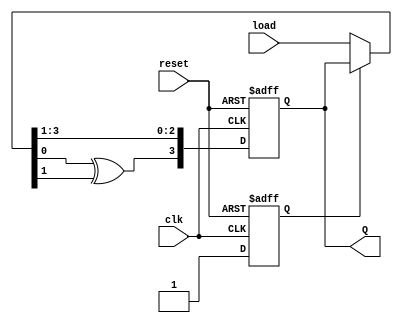
`timescale 1ns / 1ps
//////////////////////////////////////////////////////////////////////////////////
// Company: 
// Engineer: 
// 
// Design Name: 
// Module Name: lfsr
// Project Name: 
// Target Devices: 
// Tool Versions: 
// Description: 
// 
// Dependencies: 
// 
// Revision:
// Revision 0.01 - File Created
// Additional Comments:
// 
//////////////////////////////////////////////////////////////////////////////////

module lfsr (input clk, input reset, output reg [3:0] Q, input[3:0] load);
  reg flag;
  always @(posedge clk or posedge reset) begin
    if (reset) begin
      Q <= 4'b0000;
      flag=0;
    end else begin
      if(flag==0)
      begin
        Q=load;
        flag=1;
      end
      Q <= {Q[0] ^ Q[1], Q[3], Q[2], Q[1]};
    end
  end
endmodule